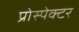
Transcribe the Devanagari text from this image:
प्रोस्पेक्टर